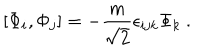
[ \Phi _ { i } , \Phi _ { j } ] = - \frac { m } { \sqrt 2 } \epsilon _ { i j k } \Phi _ { k } \ .